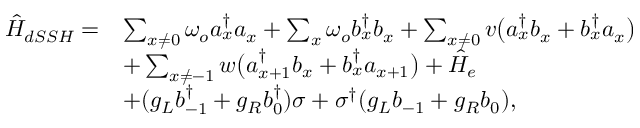
\begin{array} { r l } { \hat { H } _ { d S S H } = } & { \sum _ { x \ne 0 } \omega _ { o } a _ { x } ^ { \dagger } a _ { x } + \sum _ { x } \omega _ { o } b _ { x } ^ { \dagger } b _ { x } + \sum _ { x \ne 0 } v \big ( a _ { x } ^ { \dagger } b _ { x } + b _ { x } ^ { \dagger } a _ { x } \big ) } \\ & { + \sum _ { x \ne - 1 } w \big ( a _ { x + 1 } ^ { \dagger } b _ { x } + b _ { x } ^ { \dagger } a _ { x + 1 } \big ) + \hat { H } _ { e } } \\ & { + ( g _ { L } b _ { - 1 } ^ { \dagger } + g _ { R } b _ { 0 } ^ { \dagger } ) \sigma + \sigma ^ { \dagger } ( g _ { L } b _ { - 1 } + g _ { R } b _ { 0 } ) , } \end{array}